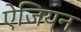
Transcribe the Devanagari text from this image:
ऐजियन